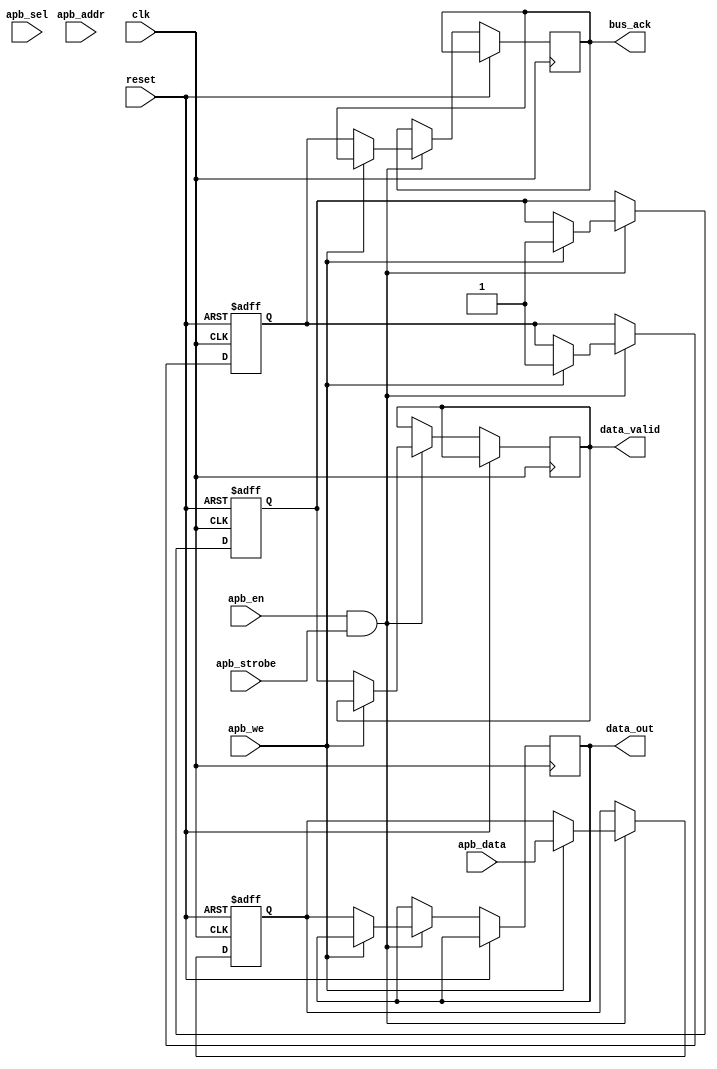
module apb_bus_controller (
    input wire clk,
    input wire reset,
    input wire apb_en,
    input wire [31:0] apb_addr,
    input wire [31:0] apb_data,
    input wire apb_we,
    input wire [3:0] apb_sel,
    input wire apb_strobe,
    output reg [31:0] data_out,
    output reg data_valid,
    output reg bus_ack
);

// Define internal signals and registers
reg [31:0] internal_data;
reg internal_data_valid;
reg internal_bus_ack;

// Timing control and synchronization logic
always @(posedge clk or posedge reset) begin
    if (reset) begin
        internal_data <= 32'b0;
        internal_data_valid <= 1'b0;
        internal_bus_ack <= 1'b0;
    end else begin
        if (apb_en && apb_strobe) begin
            case (apb_addr)
                // Add your address decoding logic here
                default: begin
                    // Handle synchronization and timing adjustments here
                    // Perform any necessary signal conversions
                    // Manage bus arbitration between devices
                    if (apb_we) begin // Write operation
                        internal_data <= apb_data;
                        internal_data_valid <= 1'b1;
                        internal_bus_ack <= 1'b1;
                    end else begin // Read operation
                        // Perform any necessary data conversions or adjustments
                        data_out <= internal_data;
                        data_valid <= internal_data_valid;
                        bus_ack <= internal_bus_ack;
                    end
                end
            endcase
        end
    end
end

endmodule